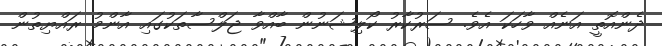
ދެންއޮތީ އަނެއް ވާހަކަ އެވެ. ސަރުކާރު ކޯލިޝަނުން ބާއްވާ ޖަލްސާތަކުގައި އާންމު ރައްޔިތުން